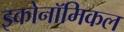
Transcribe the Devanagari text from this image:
इकोनॉमिकल